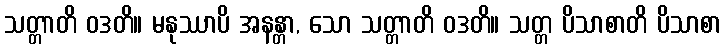
သတ္တာတိ ဝဒတိ။ မနုဿာပိ အနန္တာ, သော သတ္တာတိ ဝဒတိ။ သတ္တ ပိသာစာတိ ပိသာစာ